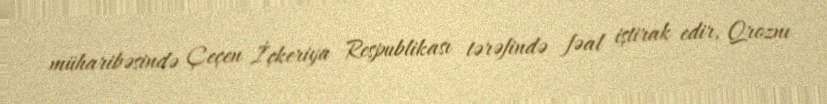
müharibəsində Çeçen İçkeriya Respublikası tərəfində fəal iştirak edir, Qroznı